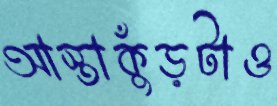
আস্তাকুঁড়টাও